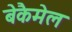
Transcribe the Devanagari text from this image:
बेकैमेल